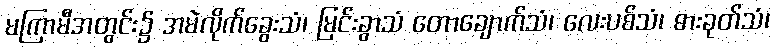
မကြာမီအတွင်း၌ အမဲလိုက်ခွေးသံ၊ မြင်းခွာသံ တောချောက်သံ၊ လေးပစ်သံ၊ ဓားခုတ်သံ၊